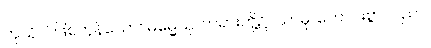
ကုသိုလ်ဖြစ်ကုန်သော။ ဓမ္မေသု၊ တရားတို့၌။ သာဓု၊ ကောင်းစွာ။ ပညာ၊